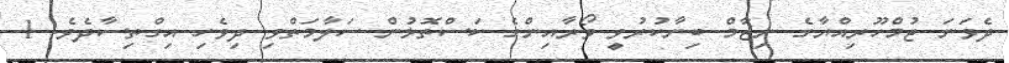
ދެވަނަ ޖުމްހޫރިއްޔާގެ ނިޒާމް ބިނާކުރުވީ ވޯރާއިންގެ ކަސްތޮޅުން ސަލާމަތްވި ދިވެހި އިގްތިސާދެވެ. 1